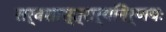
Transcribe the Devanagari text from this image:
सर्वशास्त्रार्थनिर्णयः